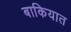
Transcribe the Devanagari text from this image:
बाकियात